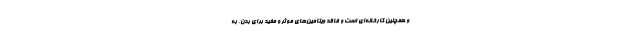
و همچنین کارخانه‌ای است و فاقد ویتامین‌های موثر و مفید برای بدن. به